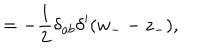
\hspace { 0 . 9 c m } = - \frac 1 2 \delta _ { a b } \delta ^ { \prime } ( w _ { - } - z _ { - } ) ,